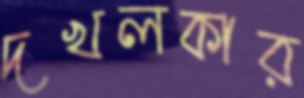
দখলকার